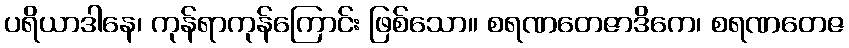
ပရိယာဒါနေ၊ ကုန်ရာကုန်ကြောင်း ဖြစ်သော။ စရဏတေဇာဒိကေ၊ စရဏတေဇ